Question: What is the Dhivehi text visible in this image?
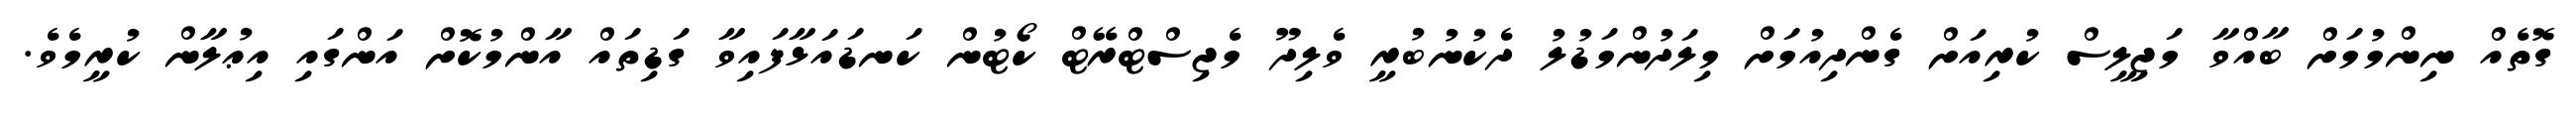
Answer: ގޮތެއް ނިންމުމަށް ބާއްވާ މަޖިލީސް ކުރިއަށް ގެންދިއުމަށް މިލަދުންމަޑުލު ދެކުނުބުރީ ވެލިދޫ މެޖިސްޓްރޭޓް ކޯޓުން ކަނޑައަޅާފައިވާ ގަޑިތައް އާންމުކޮށް އަންގައި އިޢުލާން ކުރީމެވެ.